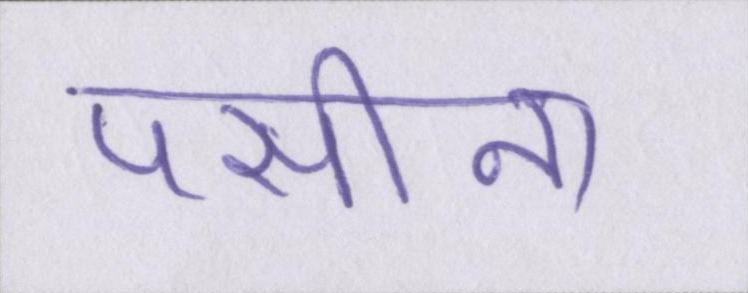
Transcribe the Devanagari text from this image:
पसीना